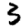
Digit: 3